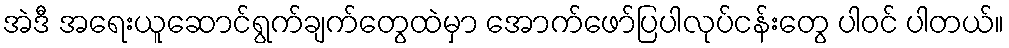
အဲဒီ အရေးယူဆောင်ရွက်ချက်တွေထဲမှာ အောက်ဖော်ပြပါလုပ်ငန်းတွေ ပါဝင် ပါတယ်။